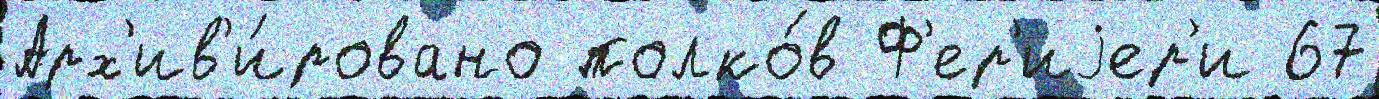
Арх'ив'и́ровано полко́в Ф'ер'иjер'и 67